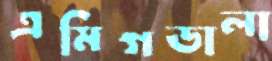
এমিগডালা